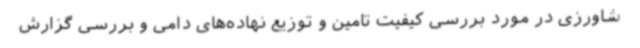
شاورزی در مورد بررسی کیفیت تامین و توزیع نهاده‌های دامی و بررسی گزارش